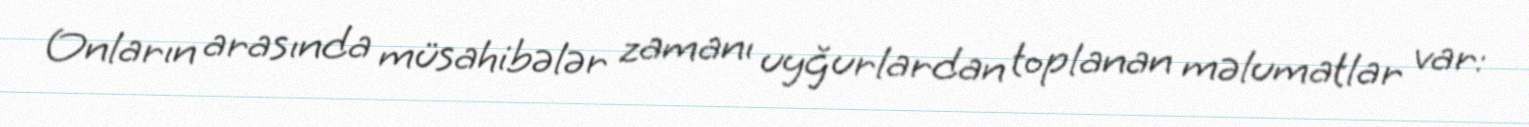
Onların arasında müsahibələr zamanı uyğurlardan toplanan məlumatlar var: